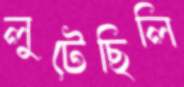
লুটেছিলি